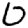
Digit: 0